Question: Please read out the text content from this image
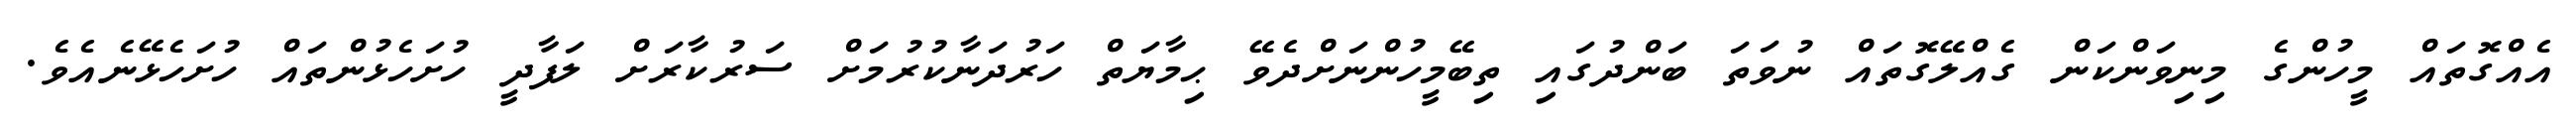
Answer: އެއްގޮތައް މީހުންގެ މިނިވަންކަން ގެއްލޭގޮތައް ނުވަތަ ބަންދުގައި ތިބޭމީހުންނަށްދެވޭ ޙިމާޔަތް ހަރުދަނާކުރުމަށް ސަރުކާރަށް ލަފާދީ ހުށަހެޅުންތައް ހުށަހެޅޭނެއެވެ.